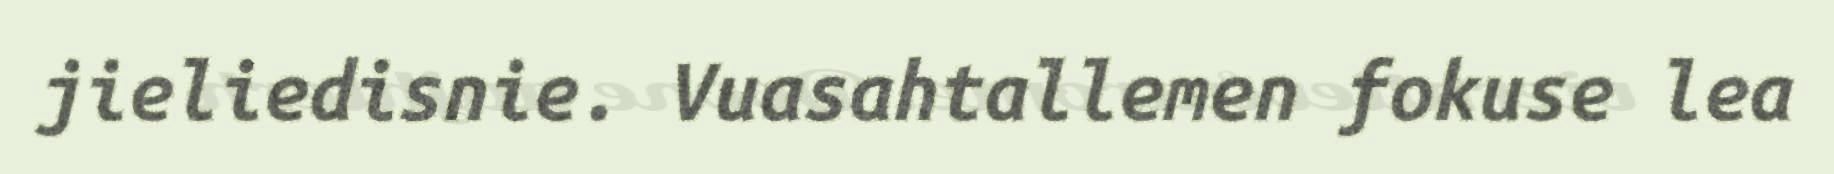
jieliedisnie. Vuasahtallemen fokuse lea